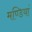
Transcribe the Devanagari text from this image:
मण्डियां